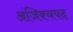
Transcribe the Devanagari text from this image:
अंजिक्यपद